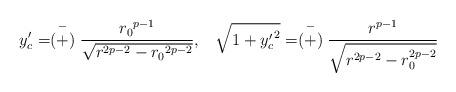
LaTeX: \begin{align*}y^{\prime}_c = \stackrel{-}{(+)} \frac{{r_0}^{p-1}}{\sqrt{r^{2p-2} - {r_0}^{2p-2}}},\;\;\;\sqrt{1+{y^{\prime}_c}^2}=\stackrel{-}{(+)}\frac{r^{p-1}}{\sqrt{r^{2p-2}-r_0^{2p-2}}}\end{align*}